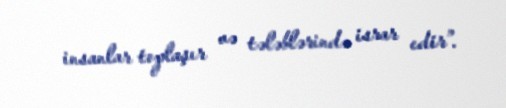
insanlar toplaşır və tələblərində israr edir”.